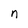
Character: n